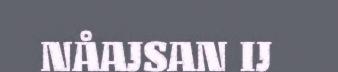
NÅAJSAN IJ